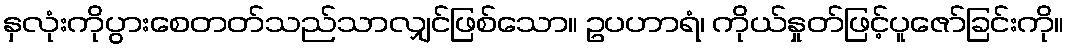
နှလုံးကိုပွားစေတတ်သည်သာလျှင်ဖြစ်သော။ ဥပဟာရံ၊ ကိုယ်နှုတ်ဖြင့်ပူဇော်ခြင်းကို။